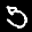
Label: 5